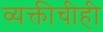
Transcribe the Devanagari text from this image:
व्यक्तीचीही